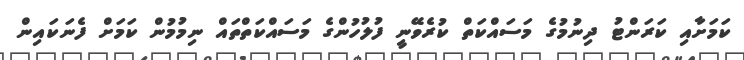
ކަމަށާއި ކަރަންޓު ދިނުމުގެ މަސައްކަތް ކުރެވޭނީ ފުލުހުންގެ މަސައްކަތްތައް ނިމުމުން ކަމަށް ފެނަކައިން